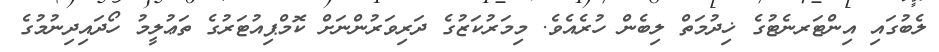
ލެބުގައި އިންޓަރނެޓުގެ ޚިދުމަތް ލިބެން ހުރެއެވެ. މިމަރުކަޒުގެ ދަރިވަރުންނަށް ކޮމްޕިއުޓަރުގެ ތަޢުލީމު ހޯދައިދިނުމުގެ